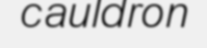
cauldron